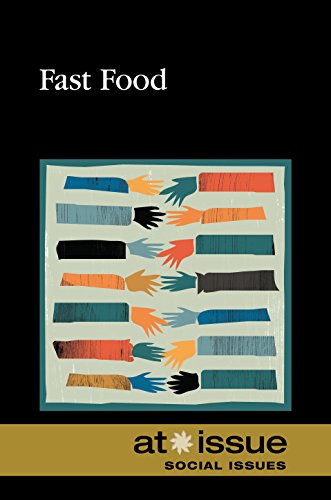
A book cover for Fast Food (At Issue); Tamara Thompson; Teen & Young Adult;